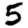
Digit: 5